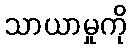
သာယာမှုကို